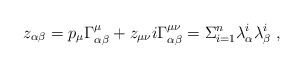
\begin{align*}z_{\alpha \beta}= p_\mu \Gamma^\mu_{\alpha\beta} + z_{\mu\nu }i\Gamma^{\mu\nu}_{\alpha\beta}= \Sigma_{i=1}^n \lambda^i_{\alpha}\lambda^i_{\beta}\; ,\end{align*}